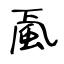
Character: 颪